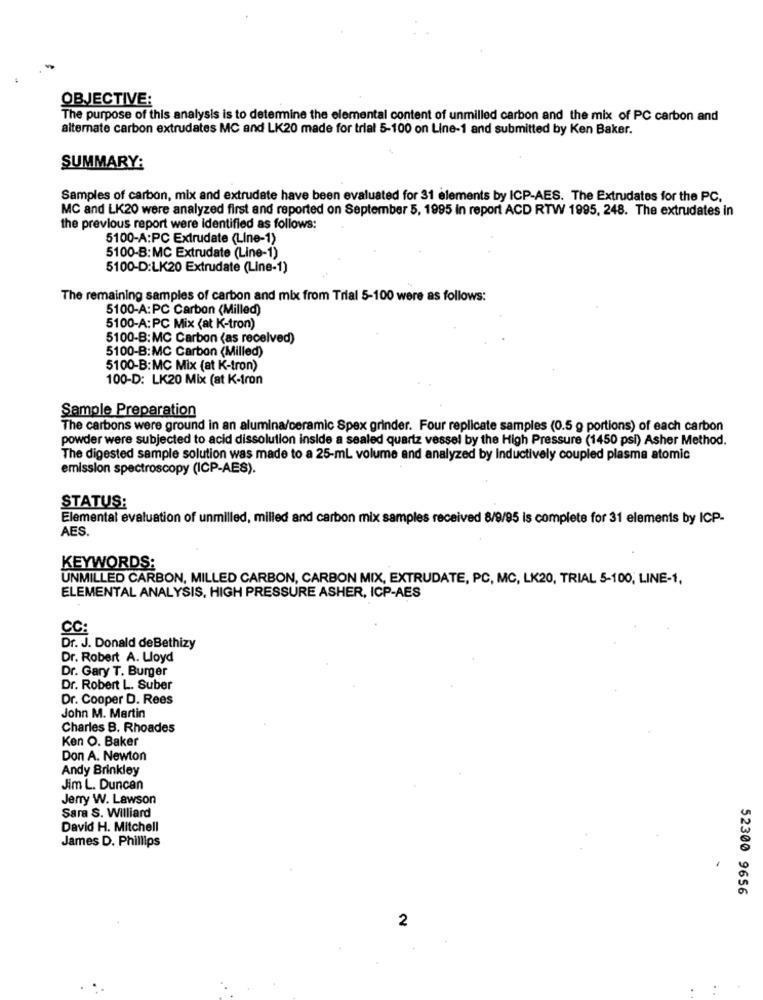
OBJECTIVE:
The purpose of this analysis is to determine the elemental content of unmilled carbon and the mix of PC carbon and
alternate carbon extrudates MC and LK20 made for trial 5-100 on Line-1 and submitted by Ken Baker.
SUMMARY:
Samples of carbon, mix and extrudate have been evaluated for 31 elements by ICP-AES. The Extrudates for the PC.
MC and LK20 were analyzed first and reported on September 5, 1995 in report ACD RTW 1995, 248. The extrudates in
the previous report were identified as follows:
5100-A:PC Extrudate (Line-1)
5100-B:MC Extrudate (Line-1)
5100-D:LK20 Extrudate (Line-1)
The remaining samples of carbon and mix from Trial 5-100 were as follows:
5100-A:PC Carbon (Milled)
5100-A:PC Mix (at K-tron)
5100-B:MC Carbon (as received)
5100-B:MC Carbon (Milled)
5100-B:MC Mix (at K-tron)
100-D: LK20 Mix (at K-Iron
Sample Preparation
The carbons were ground in an alumina/ceramic Spex grinder. Four replicate samples (0.5 g portions) of each carbon
powder were subjected to acid dissolution inside a sealed quartz vessel by the High Pressure (1450 psi) Asher Method.
The digested sample solution was made to a 25-mL volume and analyzed by Inductively coupled plasma atomic
emission spectroscopy (ICP-AES).
STATUS:
Elemental evaluation of unmilled, milled and carbon mix samples received 8/9/95 is complete for 31 elements by ICP-
AES.
KEYWORDS:
UNMILLED CARBON, MILLED CARBON, CARBON MIX, EXTRUDATE, PC, MC, LK20, TRIAL 5-100, LINE-1,
ELEMENTAL ANALYSIS, HIGH PRESSURE ASHER, ICP-AES
CC:
Dr. J. Donald deBethizy
Dr. Robert A. Lloyd
Dr. Gary T. Burger
Dr. Robert L. Suber
Dr. Cooper D. Rees
John M. Martin
Charles B. Rhoades
Ken O. Baker
Don A. Newton
Andy Brinkley
Jim L. Duncan
Jerry W. Lawson
Sara S. Williard
David H. Mitchell
James D. Phillips
52300 9656
2
.